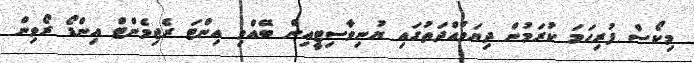
މިކޯސް ފުރިހަމަ ކުރަމުން ދިޔަމުއްދަތުގައި ޔުނިވާސިޓީއިން ބޭއްވި އިންޓަ ރެޖިމެންޓް އިންޑޯ ރޯވިން